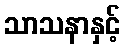
သာသနာနှင့်